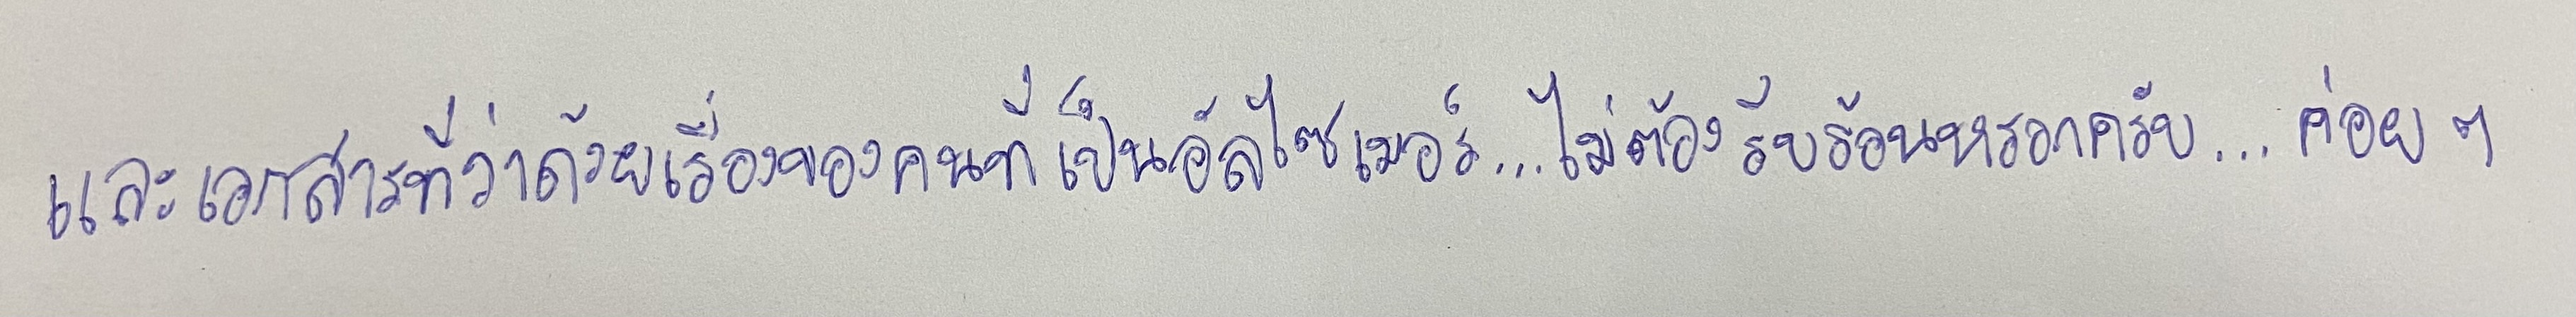
และเอกสารที่ว่าด้วยเรื่องของคนที่เป็นอัลไซเมอร์...ไม่ต้องรีบร้อนหรอกครับ...ค่อยๆ